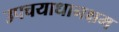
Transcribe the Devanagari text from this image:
उपचयाधानक्षम